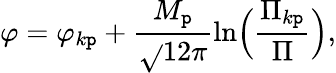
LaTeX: \varphi={\varphi_{k\mathtt{p}}}+\frac{{M_{\mathtt{p}}}}{{\sqrt{}{{12\pi}}}}\ln\Bigl(\frac{{{\Pi}_{k\mathtt{p}}}}{{\Pi}}\Bigr),